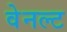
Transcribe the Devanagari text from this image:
वेनल्ट